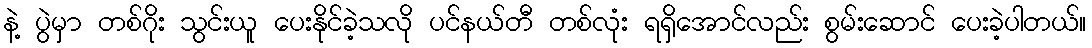
နဲ့ ပွဲမှာ တစ်ဂိုး သွင်းယူ ပေးနိုင်ခဲ့သလို ပင်နယ်တီ တစ်လုံး ရရှိအောင်လည်း စွမ်းဆောင် ပေးခဲ့ပါတယ်။